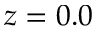
z = 0 . 0